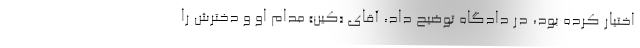
اختیار کرده بود، در دادگاه توضیح داد، آقای «کین» مدام او و دخترش را